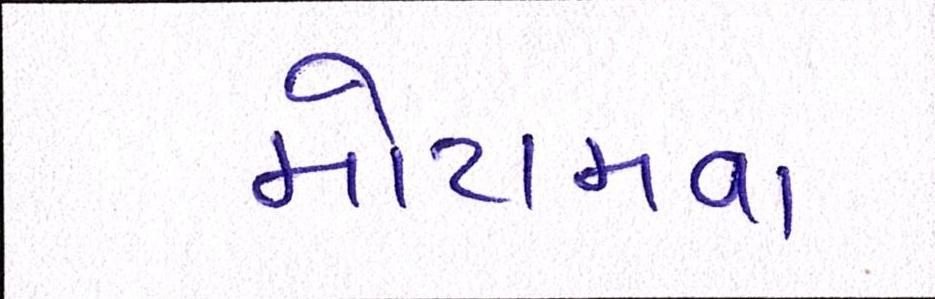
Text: મોટામવા